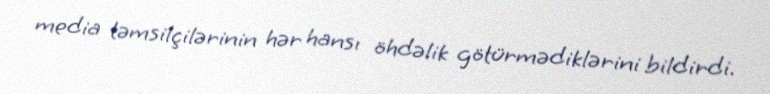
media təmsilçilərinin hər hansı öhdəlik götürmədiklərini bildirdi.